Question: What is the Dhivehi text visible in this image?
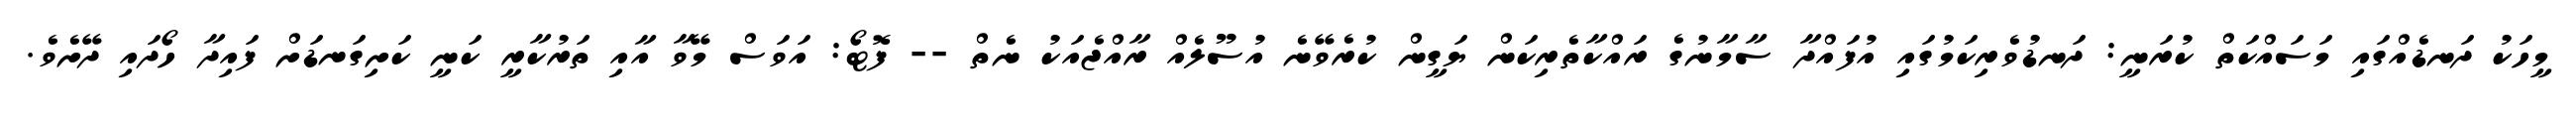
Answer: މީހަކު ދަނޑެއްގައި މަސައްކަތް ކުރަނީ: ދަނޑުވެރިކަމުގައި އުފައްދާ ސާމާނުގެ ރައްކާތެރިކަން ޔަގީން ކުރެވޭނެ އުސޫލެއް ރާއްޖެއަކު ނެތް -- ފޮޓޯ: އަވަސް މޭވާ އާއި ތަރުކާރީ ކަނީ ކަށިގަނޑަށް ފައިދާ ހޯދައި ދޭށެވެ.